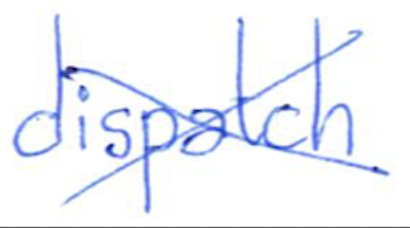
Text: dispatch
Cross-out: mix
Writing tool: ballpoint